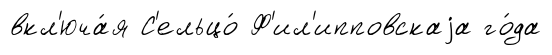
вкл'юча́я С'ельцо́ Ф'ил'ипповскаjа го́да